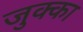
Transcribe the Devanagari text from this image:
जुक्का